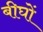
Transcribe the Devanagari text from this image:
बीघों